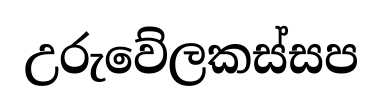
උරුවේලකස්සප